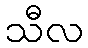
သီလ